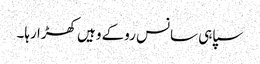
سپاہی سانس روکے وہیں کھڑا رہا۔